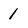
Character: 1